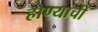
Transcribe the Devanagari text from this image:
होण्याचीं